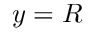
y = R